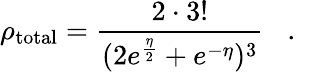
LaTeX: \rho_{\mathrm{total}}=\frac{2\cdot 3!}{(2e^{\frac{\eta}{2}}+e^{-\eta})^{3}}\, \, \, \, \, .\, \, \, \, \,